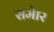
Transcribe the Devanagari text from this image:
समेार